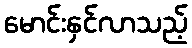
မောင်းနှင်လာသည့်